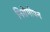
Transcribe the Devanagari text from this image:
निरोगीपन